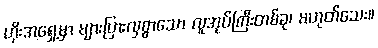
ဟိုးအရှေ့မှာ များပြားလှစွာသော လူအုပ်ကြီးတစ်ခု၊ မဟုတ်သေး။